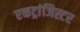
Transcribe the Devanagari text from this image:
एकट्रांजिस्टर